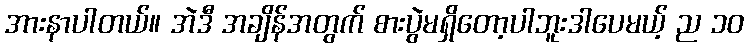
အားနာပါတယ်။ အဲဒီ အချိန်အတွက် စားပွဲမရှိတော့ပါဘူးဒါပေမယ့် ည ၁၀